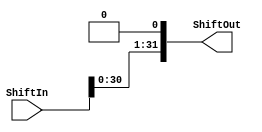
module Shift(ShiftIn, ShiftOut);

    input [31:0] ShiftIn;
    output [31:0] ShiftOut;


    assign ShiftOut = ShiftIn << 1;


endmodule